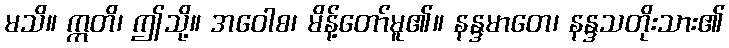
မသိ။ ဣတိ၊ ဤသို့။ အဝေါစ၊ မိန့်တော်မူ၏။ နန္ဒမာတေ၊ နန္ဒသတိုးသား၏